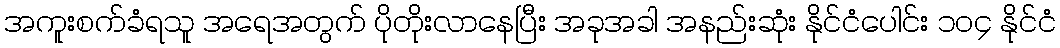
အကူးစက်ခံရသူ အရေအတွက် ပိုတိုးလာနေပြီး အခုအခါ အနည်းဆုံး နိုင်ငံပေါင်း ၁၀၄ နိုင်ငံ